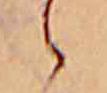
ゝ